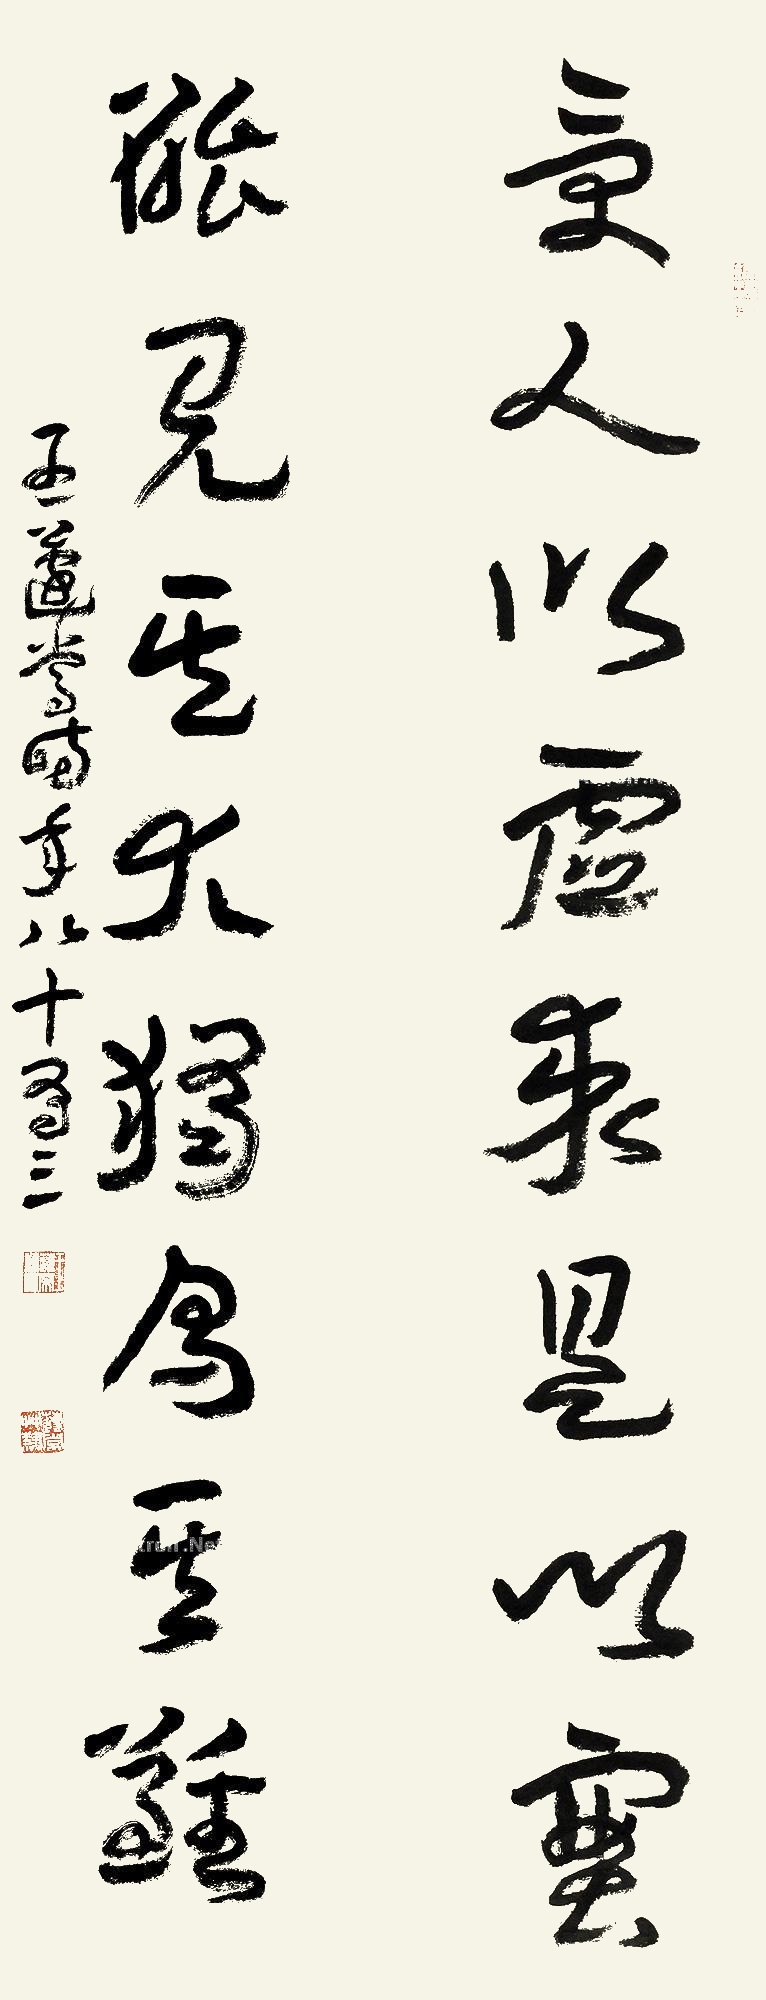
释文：受人以虚求是以实，能见其大独为其难。王蘧常时年八十有三。